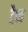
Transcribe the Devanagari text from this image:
ट्रैश्ड